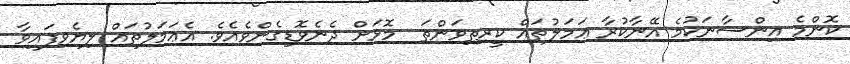
ކޮންމެ އިންސާނަކުމެ އޭނާކުރާ ޢަމަލުތައް ކީރިތިވަންތަ  މޮޅަށް ދެނެވޮޑިގެންވެއެވެ. އެޢަމަލުތައް ލިޔެވިފައިވާ